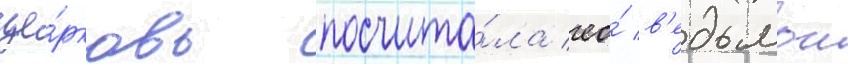
це́рковь посчита́ла ео́ в'едьмои